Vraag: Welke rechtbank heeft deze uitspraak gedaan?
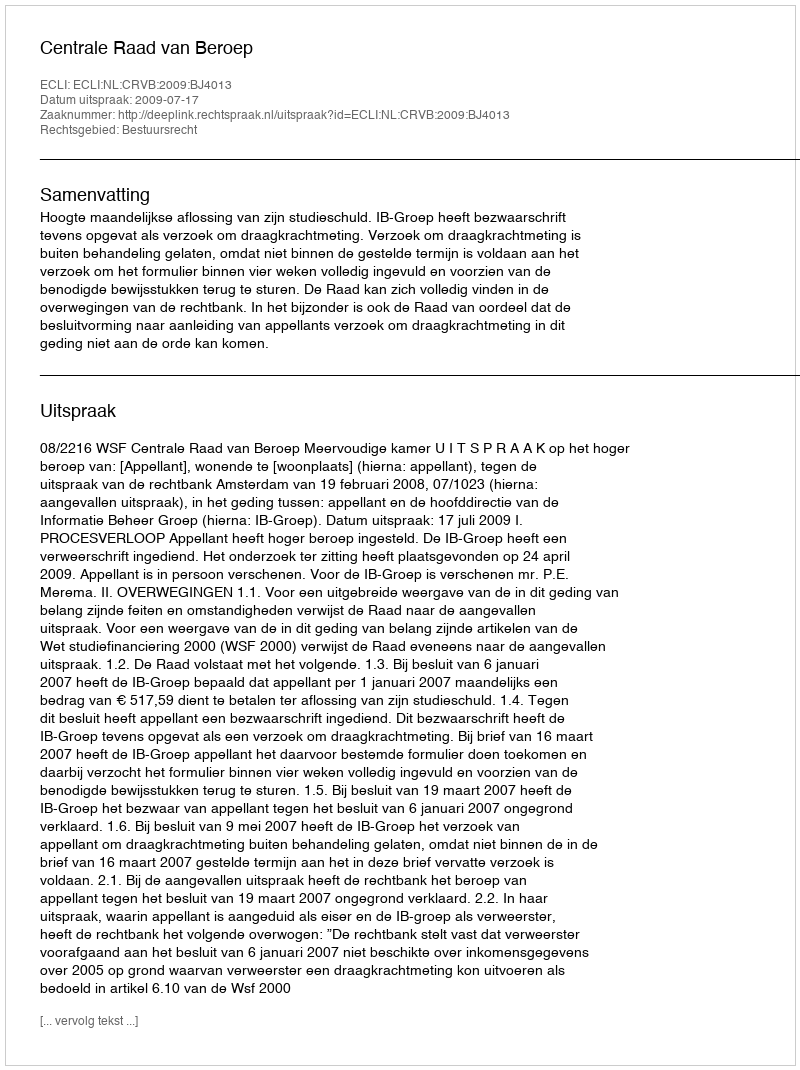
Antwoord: Centrale Raad van Beroep